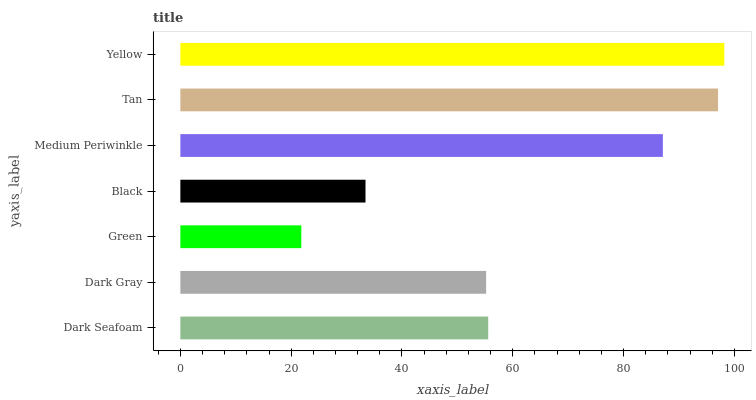
| yaxis_label | bars |
 | --- | --- |
 | Dark Seafoam | 55.6 |
 | Dark Gray | 55.2 |
 | Green | 21.8 |
 | Black | 33.4 |
 | Medium Periwinkle | 87.1 |
 | Tan | 97 |
 | Yellow | 98.2 |